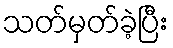
သတ်မှတ်ခဲ့ပြီး